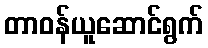
တာဝန်ယူဆောင်ရွက်